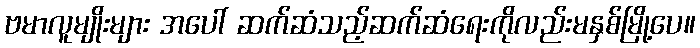
ဗမာလူမျိုးများ အပေါ် ဆက်ဆံသည့်ဆက်ဆံရေးကိုလည်းမနှစ်မြို့ပေ။